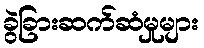
ခွဲခြားဆက်ဆံမှုများ